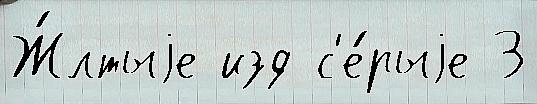
Ж́лтыjе изд с'е́рыjе 3